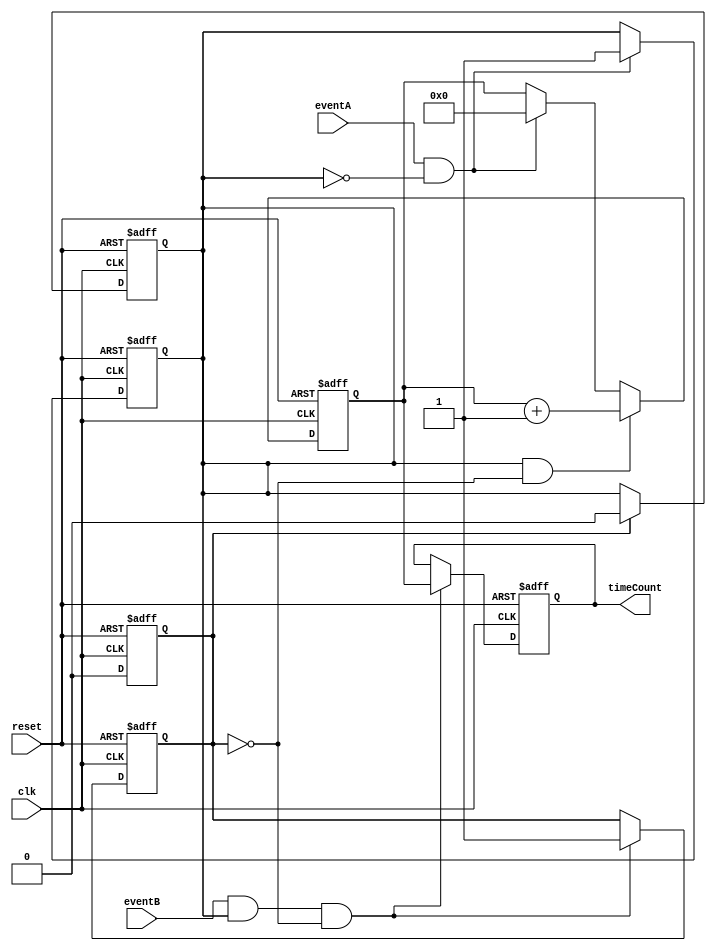
module TDC (
    input wire clk,             // High-frequency clock signal
    input wire reset,           // Asynchronous reset signal
    input wire eventA,          // Event A input
    input wire eventB,          // Event B input
    output reg [31:0] timeCount // Output time count
);

    reg [31:0] counter;         // Counter for clock cycles
    reg eventA_detected;        // Flag for Event A detection
    reg eventB_detected;        // Flag for Event B detection

    // Event detection logic
    always @(posedge clk or posedge reset) begin
        if (reset) begin
            eventA_detected <= 0;
            eventB_detected <= 0;
            counter <= 0;
            timeCount <= 0;
        end else begin
            // Detect Event A
            if (eventA && !eventA_detected) begin
                eventA_detected <= 1;
                counter <= 0; // Reset counter on Event A
            end

            // Detect Event B
            if (eventB && eventA_detected && !eventB_detected) begin
                eventB_detected <= 1; // Mark Event B detected
                timeCount <= counter; // Store the count value
            end

            // Count clock cycles if Event A has been detected
            if (eventA_detected && !eventB_detected) begin
                counter <= counter + 1; // Increment counter
            end
        end
    end

    // Reset detection flags after storing the count
    always @(posedge clk or posedge reset) begin
        if (reset) begin
            eventA_detected <= 0;
            eventB_detected <= 0;
        end else if (eventB_detected) begin
            eventA_detected <= 0; // Reset Event A detection
            eventB_detected <= 0; // Reset Event B detection
        end
    end

endmodule